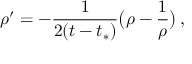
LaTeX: \rho ^ { \prime } = - \frac { 1 } { 2 ( t - t _ { * } ) } \bigl ( \rho - \frac 1 \rho \bigr ) \, ,